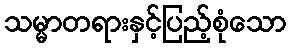
သမ္မာတရားနှင့်ပြည့်စုံသော